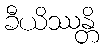
ခီယိဿန္တိ